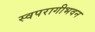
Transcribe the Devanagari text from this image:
स्वपरागीभवन